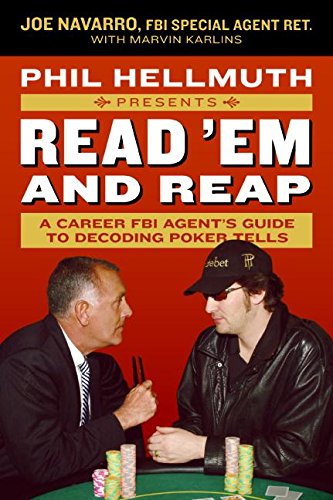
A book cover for Phil Hellmuth Presents Read 'Em and Reap: A Career FBI Agent's Guide to Decoding Poker Tells; Joe Navarro; Humor & Entertainment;